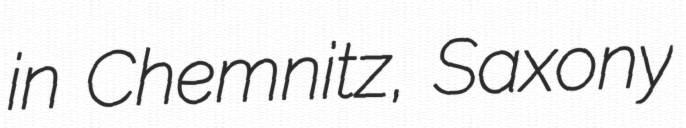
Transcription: in Chemnitz, Saxony